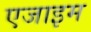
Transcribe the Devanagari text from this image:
एजाइम